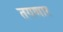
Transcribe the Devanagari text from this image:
तगणार